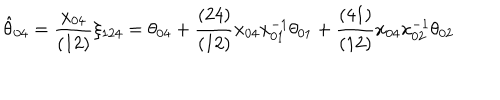
\hat { \theta } _ { 0 4 } = { \frac { x _ { 0 4 } } { ( 1 2 ) } } \xi _ { 1 2 4 } = \theta _ { 0 4 } + { \frac { ( 2 4 ) } { ( 1 2 ) } } x _ { 0 4 } x _ { 0 1 } ^ { - 1 } \theta _ { 0 1 } + { \frac { ( 4 1 ) } { ( 1 2 ) } } x _ { 0 4 } x _ { 0 2 } ^ { - 1 } \theta _ { 0 2 }